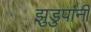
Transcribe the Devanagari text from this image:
झुडुपांनी